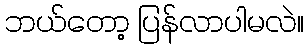
ဘယ်တော့ ပြန်လာပါမလဲ။